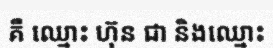
គឺ ឈ្មោះ ហ៊ុន ជា និងឈ្មោះ